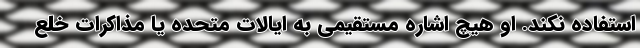
استفاده نکند. او هیچ اشاره مستقیمی به ایالات متحده یا مذاکرات خلع